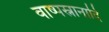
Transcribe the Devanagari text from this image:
वाष्पस्नानादि